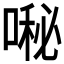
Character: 𱓷